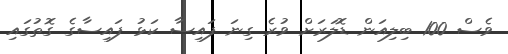
ވެސް 100 ބިލިއަން ޑޮލަރަށް ވުރެ ގިނަ ފައިސާ ކަޅު ފައިސާގެ ގޮތުގައި